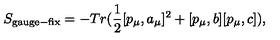
S _ { \mathrm { g a u g e - f i x } } = - T r ( \frac { 1 } { 2 } [ p _ { \mu } , a _ { \mu } ] ^ { 2 } + [ p _ { \mu } , b ] [ p _ { \mu } , c ] ) ,